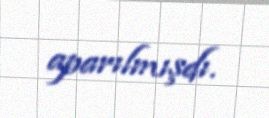
aparılmışdı.